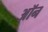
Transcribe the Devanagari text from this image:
अॉन